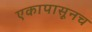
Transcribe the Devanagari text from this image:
एकापासूनच